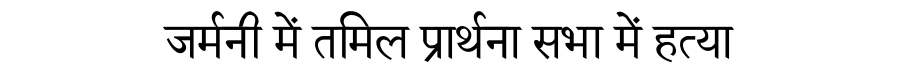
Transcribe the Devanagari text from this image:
जर्मनी में तमिल प्रार्थना सभा में हत्या